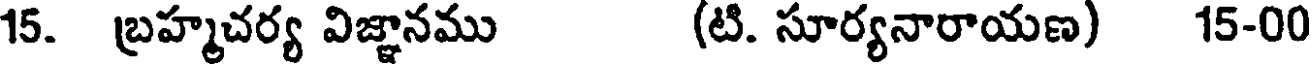
15. బ్రహ్మచర్య విజ్ఞానము (టి. సూర్యనారాయణ) 15-00